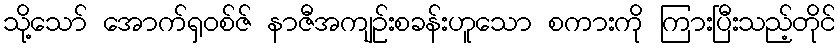
သို့သော် အောက်ရှဝစ်ဇ် နာဇီအကျဉ်းစခန်းဟူသော စကားကို ကြားပြီးသည့်တိုင်